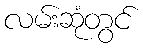
လမ်းဆုံတွင်